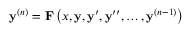
\mathbf { y } ^ { ( n ) } = \mathbf { F } \left( x , \mathbf { y } , \mathbf { y } ^ { \prime } , \mathbf { y } ^ { \prime \prime } , \ldots , \mathbf { y } ^ { ( n - 1 ) } \right)